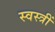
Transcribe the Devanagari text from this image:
स्वस्त्रीं